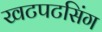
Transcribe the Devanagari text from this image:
खटपटसिंग